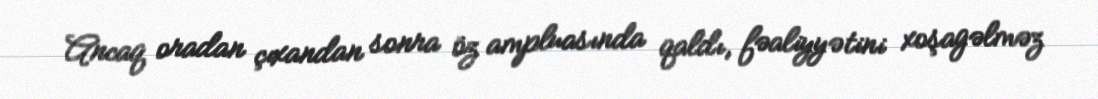
Ancaq oradan çıxandan sonra öz ampluasında qaldı, fəaliyyətini xoşagəlməz